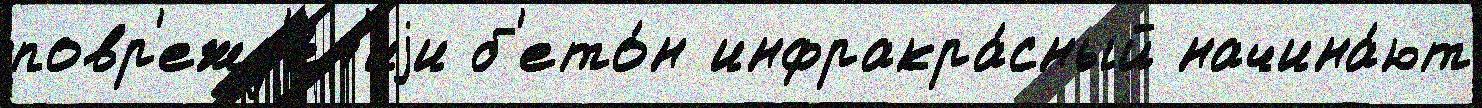
повр'ежд'е́н'иjи б'ето́н инфракра́сный начина́ют